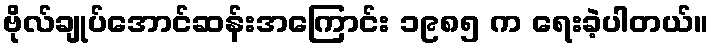
ဗိုလ်ချုပ်အောင်ဆန်းအကြောင်း ၁၉၈၅ က ရေးခဲ့ပါတယ်။